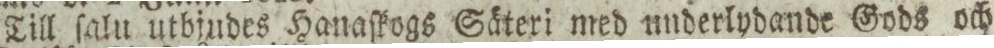
Till ſalu utbjudes Hanaſkogs Säteri med underlydande Gods och